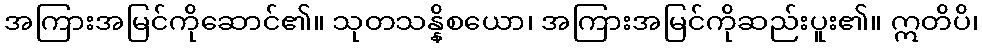
အကြားအမြင်ကိုဆောင်၏။ သုတသန္နိစယော၊ အကြားအမြင်ကိုဆည်းပူး၏။ ဣတိပိ၊